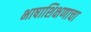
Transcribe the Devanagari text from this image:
भाषाशिक्षणाचा